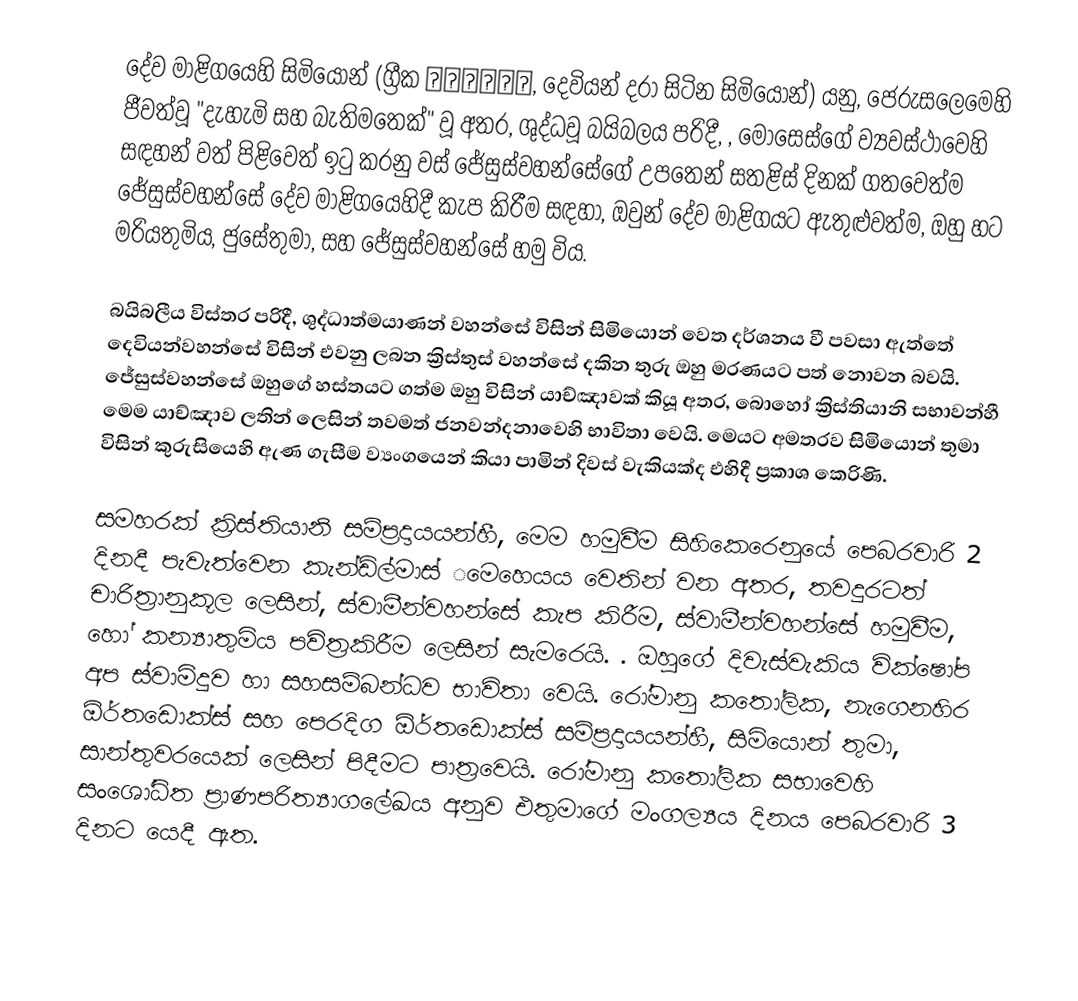
දේව මාළිගයෙහි සිමියොන් (ග්‍රීක Συμεών, දෙවියන් දරා සිටින සිමියොන්) යනු, ජෙරුසලෙමෙහි ජීවත්වූ "දැහැමි සහ බැතිමතෙක්" වූ අතර, ශුද්ධවූ බයිබලය පරිදී,  , මොසෙස්ගේ ව්‍යවස්ථාවෙහි සඳහන් වත් පිළිවෙත් ඉටු කරනු වස් ජේසුස්වහන්සේගේ උපතෙන් සතළිස් දිනක් ගතවෙත්ම ජේසුස්වහන්සේ දේව මාළිගයෙහිදී කැප කිරීම සඳහා, ඔවුන් දේව මාළිගයට ඇතුළුවත්ම, ඔහු හට  මරියතුමිය, ජුසේතුමා, සහ ජේසුස්වහන්සේ හමු විය.

බයිබලීය විස්තර පරිදී, ශුද්ධාත්මයාණන් වහන්සේ විසින්  සිමියොන් වෙත දර්ශනය වී පවසා ඇත්තේ දෙවියන්වහන්සේ විසින් එවනු ලබන ක්‍රිස්තුස් වහන්සේ දකින තුරු ඔහු මරණයට පත් නොවන බවයි. ජේසුස්වහන්සේ ඔහුගේ හස්තයට ගත්ම ඔහු විසින් යාච්ඤාවක් කියූ අතර, බොහෝ ක්‍රිස්තියානි සභාවන්හී මෙම යාච්ඤාව ලතින්  ලෙසින් තවමත්  ජනවන්දනාවෙහි භාවිතා වෙයි. මෙයට අමතරව සිමියොන් තුමා විසින් කුරුසියෙහි ඇණ ගැසීම ව්‍යංගයෙන් කියා පාමින් දිවස් වැකියක්ද එහිදී ප්‍රකාශ කෙරිණි.

සමහරක් ක්‍රිස්තියානි සම්ප්‍රදායයන්හී, මෙම හමුවීම සිහිකෙරෙනුයේ පෙබරවාරි 2 දිනදී පැවැත්වෙන කැන්ඩ්ල්මාස් ‌‌මෙහෙයය වෙතින් වන අතර, තවදුරටත් චාරිත්‍රානුකූල ලෙසින්, ස්වාමීන්වහන්සේ කැප කිරීම, ස්වාමීන්වහන්සේ හමුවීම, හෝ කන්‍යාතුමිය පවිත්‍රකිරීම ලෙසින් සැමරෙයි. . ඔහුගේ දිවැස්වැකිය වික්ෂෝප අප ස්වාමිදුව හා සහසම්බන්ධව භාවිතා වෙයි. රෝමානු කතෝලික, නැගෙනහිර ඕර්තඩොක්ස් සහ පෙරදිග ඕර්තඩොක්ස් සම්ප්‍රදායයන්හී, සිමියොන් තුමා, සාන්තුවරයෙක්  ලෙසින් පිදීමට පාත්‍රවෙයි. රෝමානු කතෝලික සභාවෙහි සංශෝධිත   ප්‍රාණපරිත්‍යාගලේඛය අනුව එතුමාගේ මංගල්‍යය දිනය පෙබරවාරි 3 දිනට යෙදී ඇත.